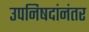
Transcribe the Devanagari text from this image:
उपनिषदांनंतर